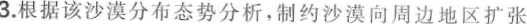
3.根据该沙漠分布态势分析，制约沙漠向周边地区扩张